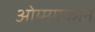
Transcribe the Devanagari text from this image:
ओय्म्याकोन